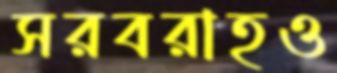
সরবরাহও